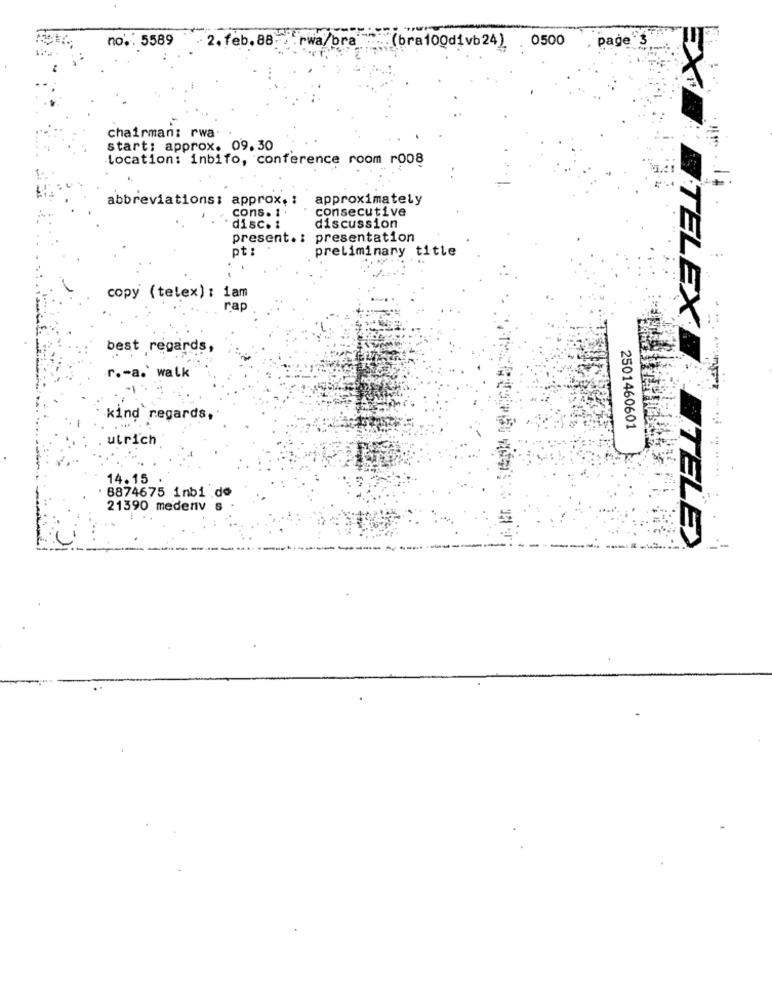
no .: 5589
page 3
2. feb.88- rwa/bra (bra100divb24) 0500
chairman: rwa
start: approx. 09.30
Location: inbifo, conference room ro08
abbreviations: approx .:
approximately
cons. 1
consecutive
disc .:
discussion
present .: presentation
pt :
preliminary title
copy (telex): iam
rap
TELEX
best regards,
r .- a. walk
kind regards,
2501460601
utrich
14.15
8874675 1nbi do
21390 medenv
ETELE>